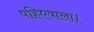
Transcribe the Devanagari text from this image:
पहिएवाला।